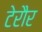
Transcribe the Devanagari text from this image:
टेरौर